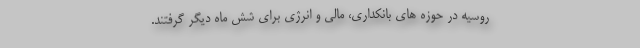
روسیه در حوزه های بانکداری، مالی و انرژی برای شش ماه دیگر گرفتند.